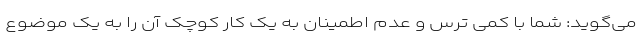
می‌گوید: شما با کمی ترس و عدم اطمینان به یک کار کوچک آن را به یک موضوع